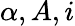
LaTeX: \alpha,A,i